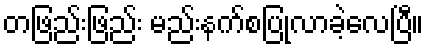
တဖြည်းဖြည်း မည်းနက်စပြုလာခဲ့လေပြီ။